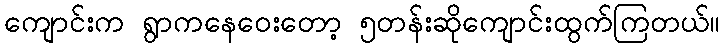
ကျောင်းက ရွာကနေဝေးတော့ ၅တန်းဆိုကျောင်းထွက်ကြတယ်။